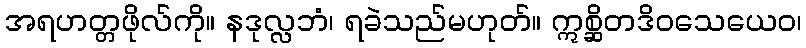
အရဟတ္တဖိုလ်ကို။ နဒုလ္လဘံ၊ ရခဲသည်မဟုတ်။ ဣစ္ဆိတဒိဝသေယေဝ၊